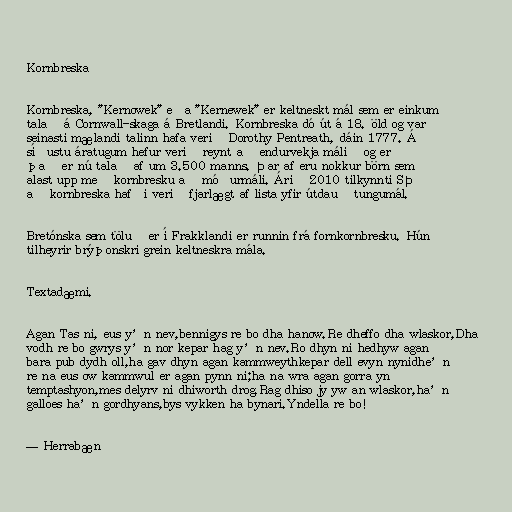
Kornbreska

Kornbreska, "Kernowek" eða "Kernewek" er keltneskt mál sem er einkum
talað á Cornwall-skaga á Bretlandi. Kornbreska dó út á 18. öld og var
seinasti mælandi talinn hafa verið Dorothy Pentreath, dáin 1777. Á
síðustu áratugum hefur verið reynt að endurvekja málið og er
það er nú talað af um 3.500 manns. Þar af eru nokkur börn sem
alast upp með kornbresku að móðurmáli. Árið 2010 tilkynnti SÞ
að kornbreska hafði verið fjarlægt af lista yfir útdauð tungumál.

Bretónska sem töluð er í Frakklandi er runnin frá fornkornbresku. Hún
tilheyrir brýþonskri grein keltneskra mála.

Textadæmi.

Agan Tas ni, eus y’n nev,bennigys re bo dha hanow.Re dheffo dha wlaskor,Dha
vodh re bo gwrys y’n nor kepar hag y’n nev.Ro dhyn ni hedhyw agan
bara pub dydh oll,ha gav dhyn agan kammweythkepar dell evyn nynidhe’n
re na eus ow kammwul er agan pynn ni;ha na wra agan gorra yn
temptashyon,mes delyrv ni dhiworth drog.Rag dhiso jy yw an wlaskor,ha’n
galloes ha’n gordhyans,bys vykken ha bynari.Yndella re bo!

— Herrabæn